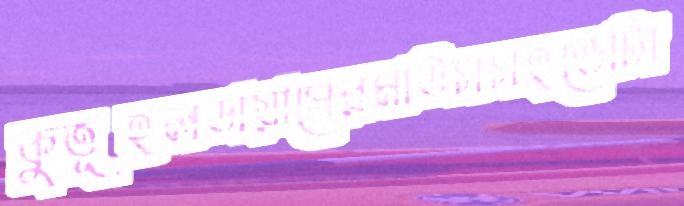
কুতূহলডায়াসেরমাউসসহভোটা